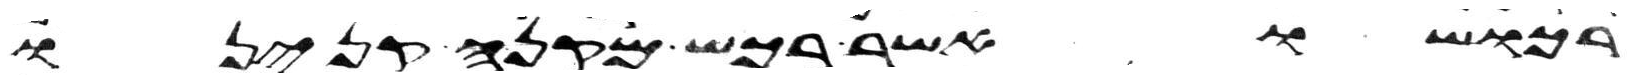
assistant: רכושו אשר רכש מקנה קנינו